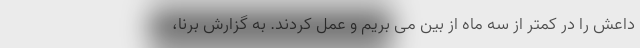
داعش را در کمتر از سه ماه از بین می بریم و عمل کردند. به گزارش برنا،